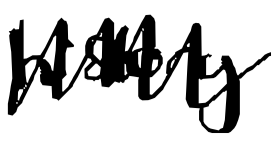
Text: history.
Cross-out: zig-zag
Writing tool: digital_black